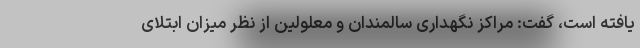
یافته است، گفت: مراکز نگهداری سالمندان و معلولین از نظر میزان ابتلای